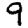
Digit: 9